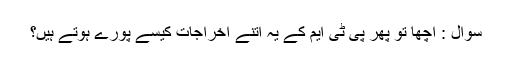
سوال : اچھا تو پھر پی ٹی ایم کے یہ اتنے اخراجات کیسے پورے ہوتے ہیں؟